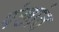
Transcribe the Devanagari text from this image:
पंखांत